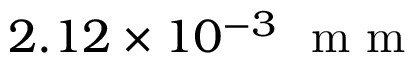
2 . 1 2 \times 1 0 ^ { - 3 } ~ \mathrm { ~ m ~ m ~ }